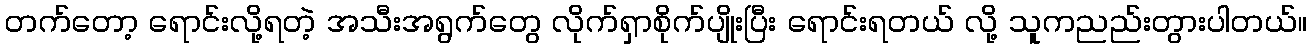
တက်တော့ ရောင်းလို့ရတဲ့ အသီးအရွက်တွေ လိုက်ရှာစိုက်ပျိုးပြီး ရောင်းရတယ် လို့ သူကညည်းတွားပါတယ်။